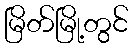
မြိတ်မြို့တွင်